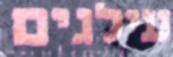
עילגים